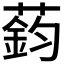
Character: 𫉟